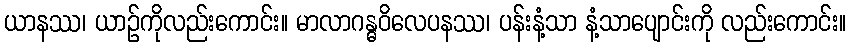
ယာနဿ၊ ယာဉ်ကိုလည်းကောင်း။ မာလာဂန္ဓဝိလေပနဿ၊ ပန်းနံ့သာ နံ့သာပျောင်းကို လည်းကောင်း။